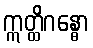
ဣတ္ထိဂန္ဓော